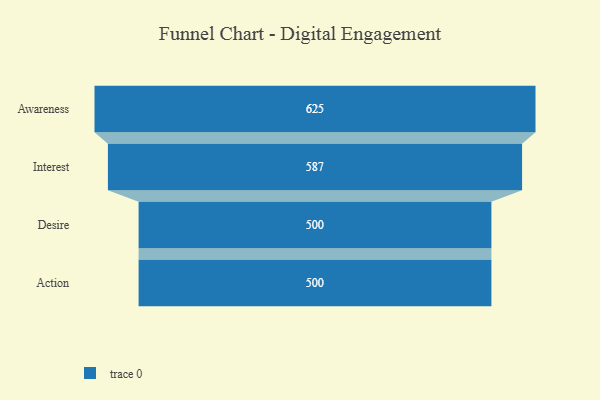
{"axis": {"x": "Stage", "y": "Value"}, "legend": [""], "data": [{"x": "Awareness", "y": 625.0, "type": ""}, {"x": "Interest", "y": 587.0, "type": ""}, {"x": "Desire", "y": 500, "type": ""}, {"x": "Action", "y": 500, "type": ""}]}